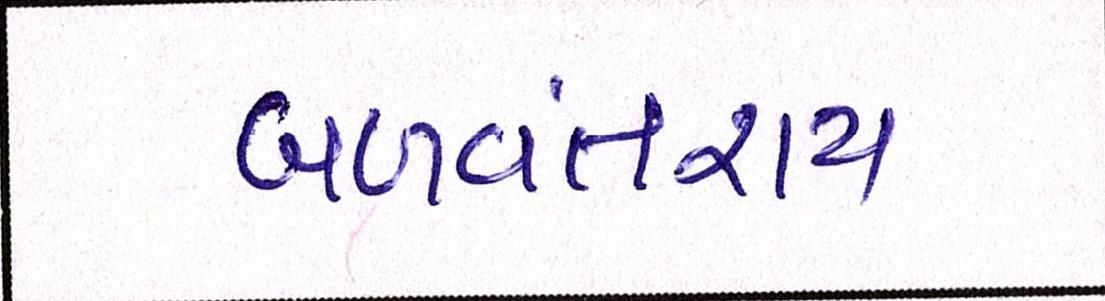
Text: બળવંતરાય